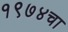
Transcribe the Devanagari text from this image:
१९७४चा